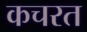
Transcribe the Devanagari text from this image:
कचरत